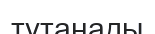
түтанады